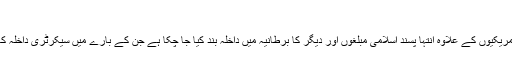
‘‘
اس سے قبل پامیلا گیلر اور رابرٹ سپینسر جیسے مسلم مخالف امریکیوں کے علاوہ انتہا پسند اسلامی مبلغوں اور دیگر کا برطانیہ میں داخلہ بند کیا جا چکا ہے جن کے بارے میں سیکرٹری داخلہ کا فیصلہ تھا کہ ان کی موجودگی ’’مفاد عامہ کے لیے اچھی نہیں۔